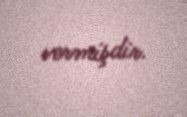
vermişdir.